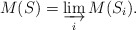
\begin{align*}M(S) = \varinjlim_i M(S_i).\end{align*}